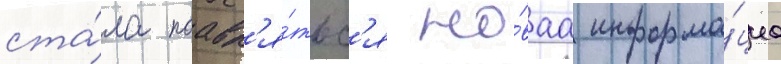
ста́ла поавл'я́тьс'я но́ваа информа́циа